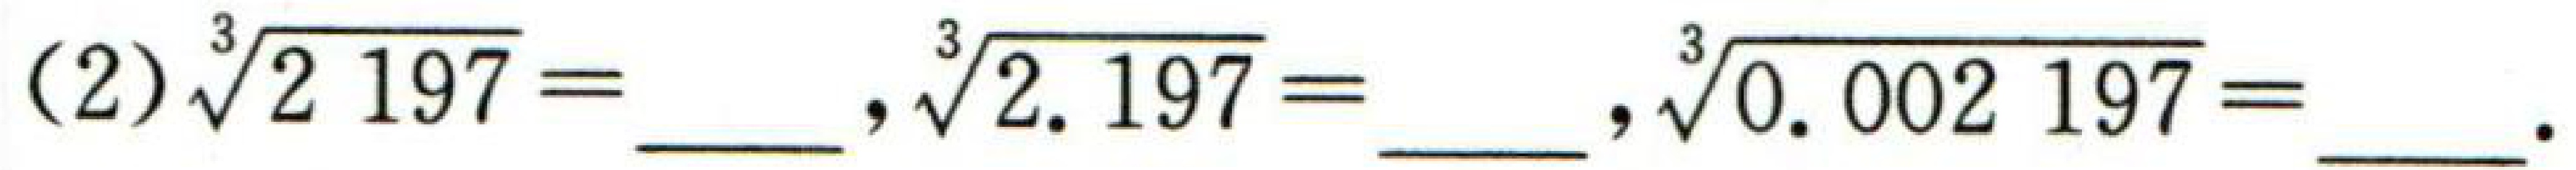
(2)$\sqrt[3]{2197}=$ \_\_\_\_\_\_ , $\sqrt[3]{2.197}=$ \_\_\_\_\_\_ , $\sqrt[3]{0.002197}=$ \_\_\_\_\_\_ .